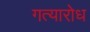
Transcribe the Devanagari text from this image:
गत्यारोध